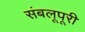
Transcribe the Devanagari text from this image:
संबलूपूरी